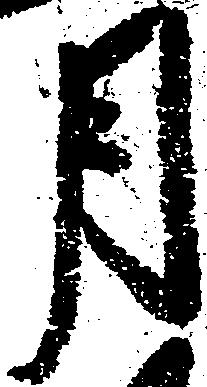
月